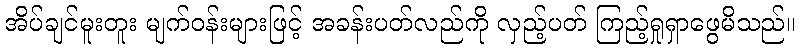
အိပ်ချင်မူးတူး မျက်ဝန်းများဖြင့် အခန်းပတ်လည်ကို လှည့်ပတ် ကြည့်ရှုရှာဖွေမိသည်။